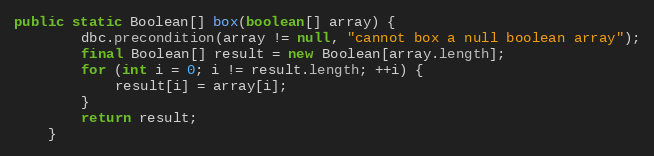
Language: Java
public static Boolean[] box(boolean[] array) {
        dbc.precondition(array != null, "cannot box a null boolean array");
        final Boolean[] result = new Boolean[array.length];
        for (int i = 0; i != result.length; ++i) {
            result[i] = array[i];
        }
        return result;
    }